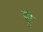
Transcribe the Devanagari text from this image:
हुी